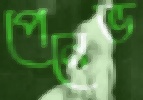
পেনেভ